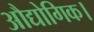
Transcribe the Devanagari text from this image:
औद्योगिक।